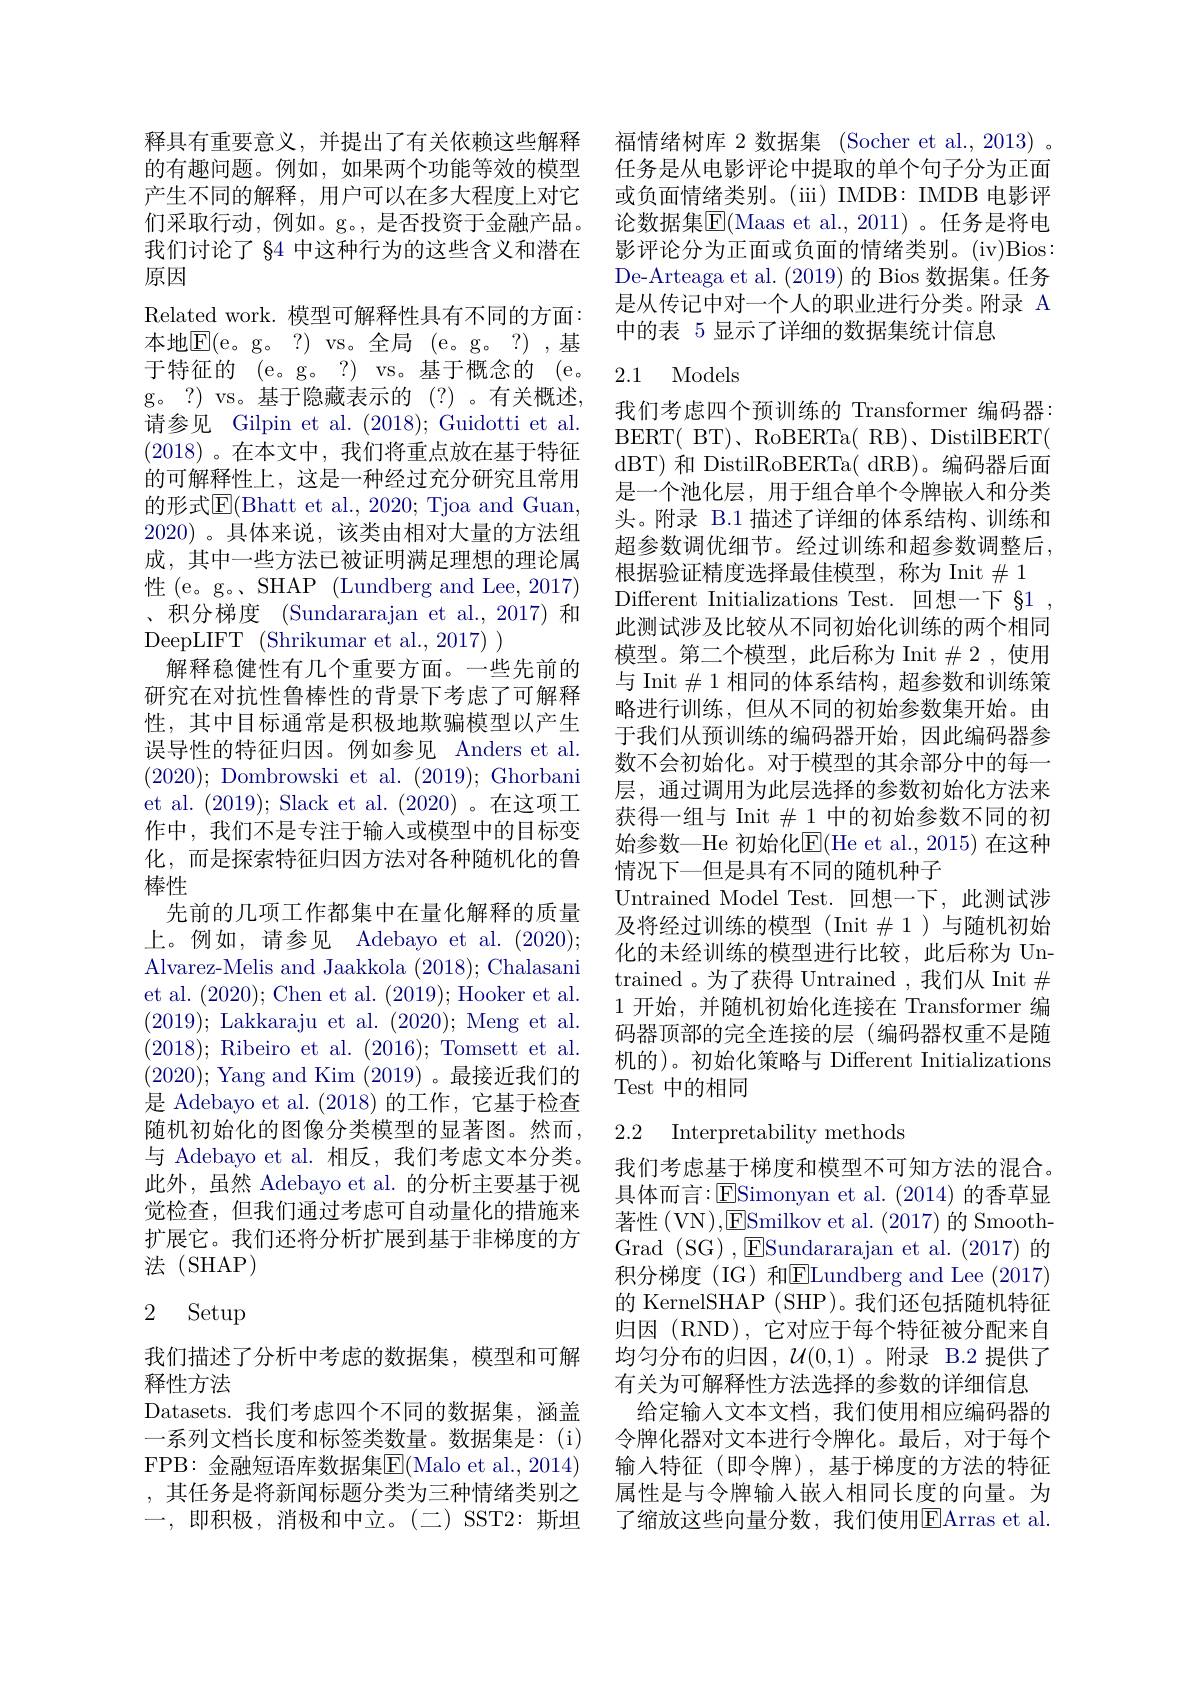
释具有重要意义，并提出了有关依赖这些解释的有趣问题。例如，如果两个功能等效的模型产生不同的解释，用户可以在多大程度上对它们采取行动，例如。g。, 是否投资于金融产品。我们讨论了$\S$4 中这种行为的这些含义和潜在原因
Related work. 模型可解释性具有不同的方面： 本地$\overline{\mathrm{E}}($e。g。?) vs。全局 (e。g。?) ,基于特征的 (e。g。?) vs。基于概念的 (e。g。?) vs。基于隐藏表示的(?)。有关概述， 请参见 Gilpin et al. (2018); Guidotti et al. (2018)。在本文中，我们将重点放在基于特征的可解释性上，这是一种经过充分研究且常用的形式$\overline{\mathrm{E}}($Bhatt et al., 2020; Tjoa and Guan, 2020) 。具体来说，该类由相对大量的方法组成，其中一些方法已被证明满足理想的理论属性 (e。g。SHAP (Lundberg and Lee, 2017) 、积分梯度 (Sundararajan et al.,2017) 和DeepLIFT (Shrikumar et al., 2017) )
解释稳健性有几个重要方面。一些先前的研究在对抗性鲁棒性的背景下考虑了可解释性，其中目标通常是积极地欺骗模型以产生误导性的特征归因。例如参见 Anders et al. (2020); Dombrowski et al. (2019); Ghorbani et al. (2019); Slack et al. (2020)。在这项工作中，我们不是专注于输入或模型中的目标变化，而是探索特征归因方法对各种随机化的鲁棒性
先前的几项工作都集中在量化解释的质量上。例如，请参见 Adebayo et al. (2020); Alvarez-Melis and Jaakkola (2018); Chalasani et al. (2020); Chen et al. (2019);Hooker et al. (2019); Lakkaraju et al. (2020); Meng et al. (2018); Ribeiro et al. (2016); Tomsett et al. (2020); Yang and Kim (2019)。最接近我们的是 Adebayo et al.(2018)的工作，它基于检查随机初始化的图像分类模型的显著图。然而， 与 Adebayo et al. 相反，我们考虑文本分类。此外，虽然 Adebayo et al. 的分析主要基于视觉检查，但我们通过考虑可自动量化的措施来扩展它。我们还将分析扩展到基于非梯度的方法(SHAP)

# 2 Setup

我们描述了分析中考虑的数据集，模型和可解
释性方法
Datasets.我们考虑四个不同的数据集，涵盖一系列文档长度和标签类数量。数据集是：(i) FPB: 金融短语库数据集$\overline{\mathrm{E}}($Malo et al.,2014) ,其任务是将新闻标题分类为三种情绪类别之一，即积极，消极和中立。(二)SST2: 斯坦

福情绪树库 2 数据集 (Socher et al., 2013) 。任务是从电影评论中提取的单个句子分为正面或负面情绪类别。(iii) IMDB: IMDB 电影评论数据集$\overline{\mathrm{E}}($Maas et al., 2011)。任务是将电影评论分为正面或负面的情绪类别。(iv)Bios: De-Arteaga et al. (2019)的 Bios 数据集。任务是从传记中对一个人的职业进行分类。附录 A 中的表 5 显示了详细的数据集统计信息

# 2.1 Models

我们考虑四个预训练的 Transformer 编码器： BERT( BT) , RoBERTa( RB) , DistilBERT( dBT) 和 DistilRoBERTa( dRB)。编码器后面是一个池化层，用于组合单个令牌嵌人和分类头。附录 B.1 描述了详细的体系结构、训练和超参数调优细节。经过训练和超参数调整后， 根据验证精度选择最佳模型，称为 Init$\#1$
Different Initializations Test. 回想一下 §1 , 此测试涉及比较从不同初始化训练的两个相同模型。第二个模型，此后称为 Init$\#2$,使用与 Init $\#$ 1 相同的体系结构 ,超参数和训练策略进行训练，但从不同的初始参数集开始。由于我们从预训练的编码器开始，因此编码器参数不会初始化。对于模型的其余部分中的每一层，通过调用为此层选择的参数初始化方法来获得一组与 Init $\#$ 1 中的初始参数不同的初始参数—He 初始化$\mathbb{E}($He et al., 2015) 在这种情况下一但是具有不同的随机种子
Untrained Model Test. 回想一下，此测试涉及将经过训练的模型(Init$\#1$)与随机初始化的未经训练的模型进行比较，此后称为 Untrained 。为了获得 Untrained ,我们从 Init $\#$ 1 开始，并随机初始化连接在 Transformer 编码器顶部的完全连接的层(编码器权重不是随机的)。初始化策略与 Different Initializations Test 中的相同

## 2.2 Interpretability methods

我们考虑基于梯度和模型不可知方法的混合。具体而言：E$Simonyan et al. ( 2014) 的 香 草 显$ 著性(VN),ESmilkov et al. (2017)的 SmoothGrad (SG) ,ESundararajan et al. ( 2017) 的积分梯度(IG)和$\overline\text{ELundberg and Lee }(2017)$ 的 KernelSHAP (SHP)。我们还包括随机特征归因 (RND), 它对应于每个特征被分配来自均匀分布的归因，$\mathcal{U}(0,1)$。附录 B.2 提供了有关为可解释性方法选择的参数的详细信息
给定输入文本文档，我们使用相应编码器的令牌化器对文本进行令牌化。最后，对于每个输入特征(即令牌),基于梯度的方法的特征属性是与令牌输入嵌入相同长度的向量。为了缩放这些向量分数，我们使用$\overline{\mathrm{E}}$Arras et al.